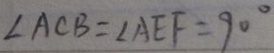
\angle A C B = \angle A E F = 9 0 ^ { \circ }